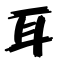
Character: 耳